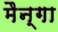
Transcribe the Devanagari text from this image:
मैन्गा